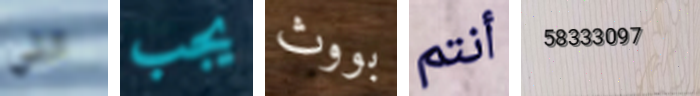
التي يجب بووث أنتم 58333097